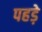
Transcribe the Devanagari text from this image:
पहड़े